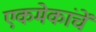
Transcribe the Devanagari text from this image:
एकमेकांचें